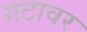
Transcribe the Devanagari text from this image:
गटावर